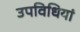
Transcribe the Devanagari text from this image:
उपविधियां